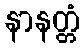
နာနတ္တံ